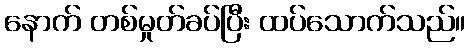
နောက် တစ်မှုတ်ခပ်ပြီး ထပ်သောက်သည်။